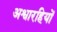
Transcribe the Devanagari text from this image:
अश्वारहियों